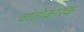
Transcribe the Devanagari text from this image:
वांतीकारक